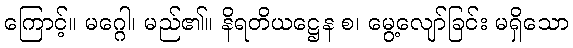
ကြောင့်။ မဂ္ဂေါ၊ မည်၏။ နိရတိယဋ္ဌေန စ၊ မွေ့လျော်ခြင်း မရှိသော